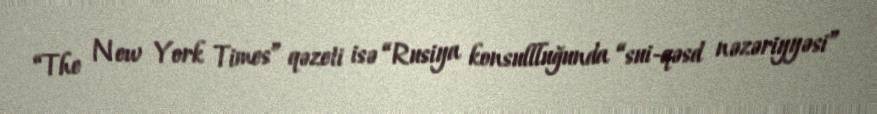
“The New York Times” qəzeti isə “Rusiya konsullluğunda “sui-qəsd nəzəriyyəsi”